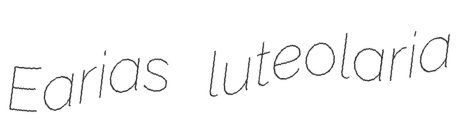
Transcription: Earias luteolaria